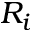
R _ { i }